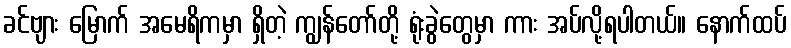
ခင်ဗျား မြောက် အမေရိကမှာ ရှိတဲ့ ကျွန်တော်တို့ ရုံးခွဲတွေမှာ ကား အပ်လို့ရပါတယ်။ နောက်ထပ်